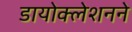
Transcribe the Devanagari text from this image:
डायोक्लेशनने